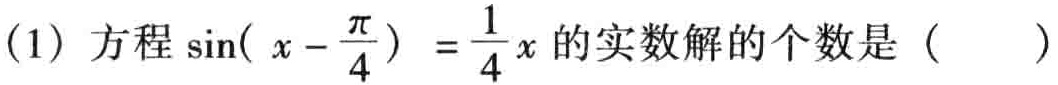
(1) 方程\(\sin(x - \frac{\pi}{4}) = \frac{1}{4}x\)的实数解的个数是（  ）